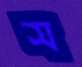
স